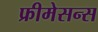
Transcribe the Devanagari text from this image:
फ्रीमेसन्स